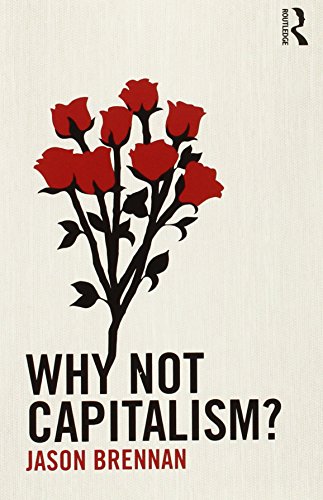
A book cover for Why Not Capitalism?; Jason Brennan; Business & Money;